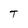
Character: T